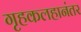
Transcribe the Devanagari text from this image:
गृहकलहानंतर